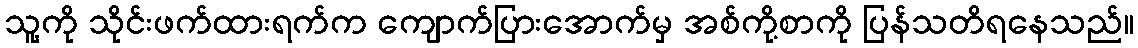
သူ့ကို သိုင်းဖက်ထားရက်က ကျောက်ပြားအောက်မှ အစ်ကို့စာကို ပြန်သတိရနေသည်။